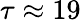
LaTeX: \tau\approx 19